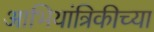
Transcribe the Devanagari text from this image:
आभियांत्रिकीच्या